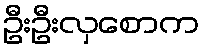
ဦးဦးလှစောက